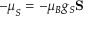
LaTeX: - { \boldsymbol { \mu } } _ { S } = - \mu _ { B } g _ { S } \mathbf { S }